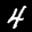
Label: 4